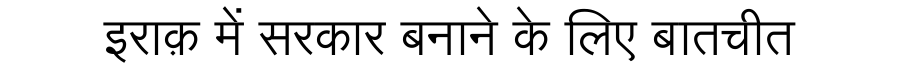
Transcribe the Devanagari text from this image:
इराक़ में सरकार बनाने के लिए बातचीत